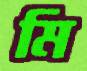
মি